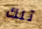
تلك